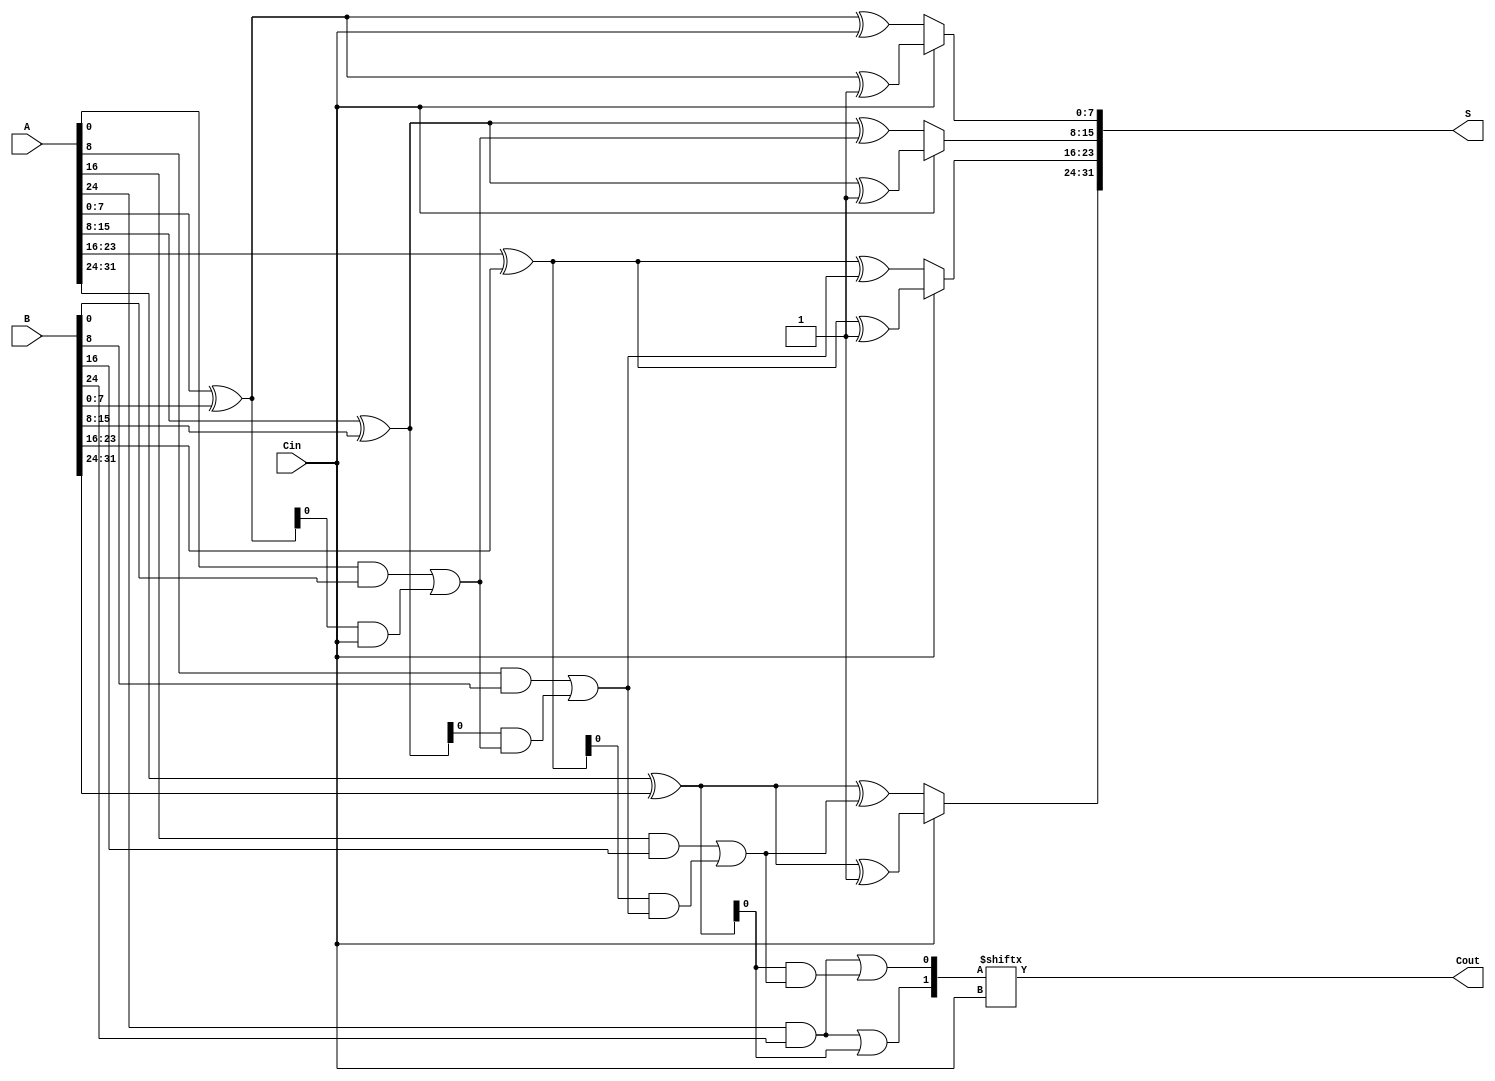
module han_carlson_adder #(
    parameter N = 32,        // Total bit-width
    parameter M = 8          // Segment size
) (
    input  wire [N-1:0] A,   // First operand
    input  wire [N-1:0] B,   // Second operand
    input  wire Cin,          // Carry-in
    output wire [N-1:0] S,    // Sum output
    output wire Cout          // Carry-out
);
    localparam S_NUM = N / M; // Number of segments
    wire [M:0]  carry [0:S_NUM-1]; // Carry outputs for each segment
    wire [M-1:0] sum [0:S_NUM-1];   // Sums for each segment
    wire [M-1:0] sum0 [0:S_NUM-1];  // Sums with Cin = 0
    wire [M-1:0] sum1 [0:S_NUM-1];  // Sums with Cin = 1

    generate
        genvar i;
        for (i = 0; i < S_NUM; i = i + 1) begin : segment
            // Define the segment's inputs
            wire [M-1:0] A_seg = A[M*i +: M];
            wire [M-1:0] B_seg = B[M*i +: M];
            wire C_in = (i == 0) ? Cin : carry[i-1][0];

            // Compute the partial sums and carries
            assign sum0[i] = A_seg ^ B_seg ^ C_in; // Sum assuming carry in = 0
            assign sum1[i] = A_seg ^ B_seg ^ 1;    // Sum assuming carry in = 1
            
            // Compute carry out for current segment
            assign carry[i][0] = (A_seg & B_seg) | ((A_seg ^ B_seg) & C_in);
            assign carry[i][1] = (A_seg & B_seg) | ((A_seg ^ B_seg) & 1);
        end
    endgenerate

    // Select the correct sum and carry out based on the carry-in
    generate
        for (i = 0; i < S_NUM; i = i + 1) begin : select_segment
            wire selected_sum;
            assign S[M*i +: M] = Cin ? sum1[i] : sum0[i];
            assign Cout = carry[S_NUM-1][Cin];
        end
    endgenerate

endmodule